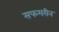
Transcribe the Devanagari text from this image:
सफमरीन